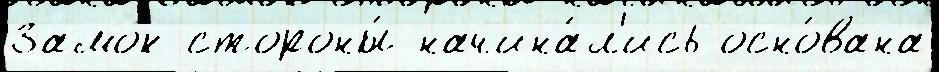
Замок стороны́ начина́л'ись осно́вана